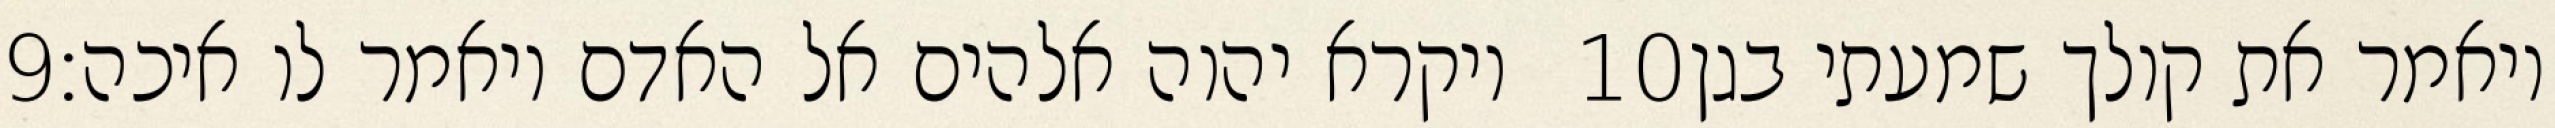
‎9‏ ויקרא יהוה אלהים אל האדם ויאמר לו איכה׃ ‎10‏ ויאמר את קולך שמעתי בגן